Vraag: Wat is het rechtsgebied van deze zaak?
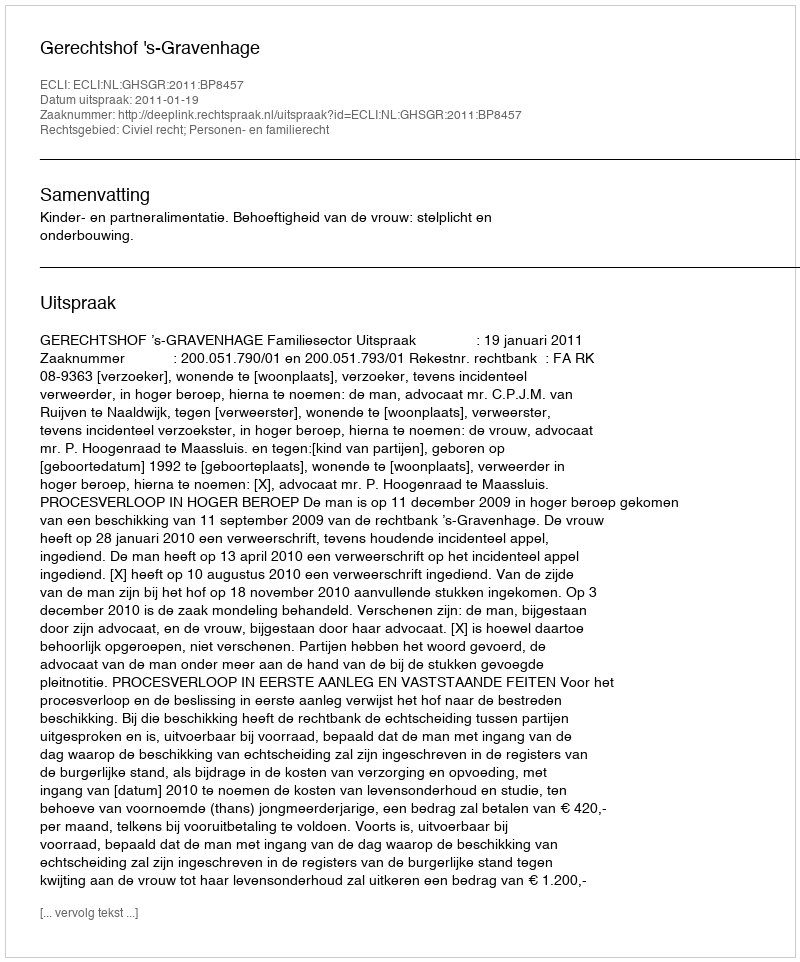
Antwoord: Civiel recht; Personen- en familierecht